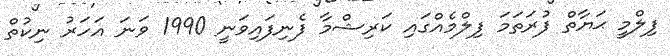
ފިލްމީ ޙަޔާތް ފުރަތަމަ ފިލްމެއްގައި ކަރިޝްމާ ފެނިފައިވަނީ 1990 ވަނަ އަހަރު ނިކުތް